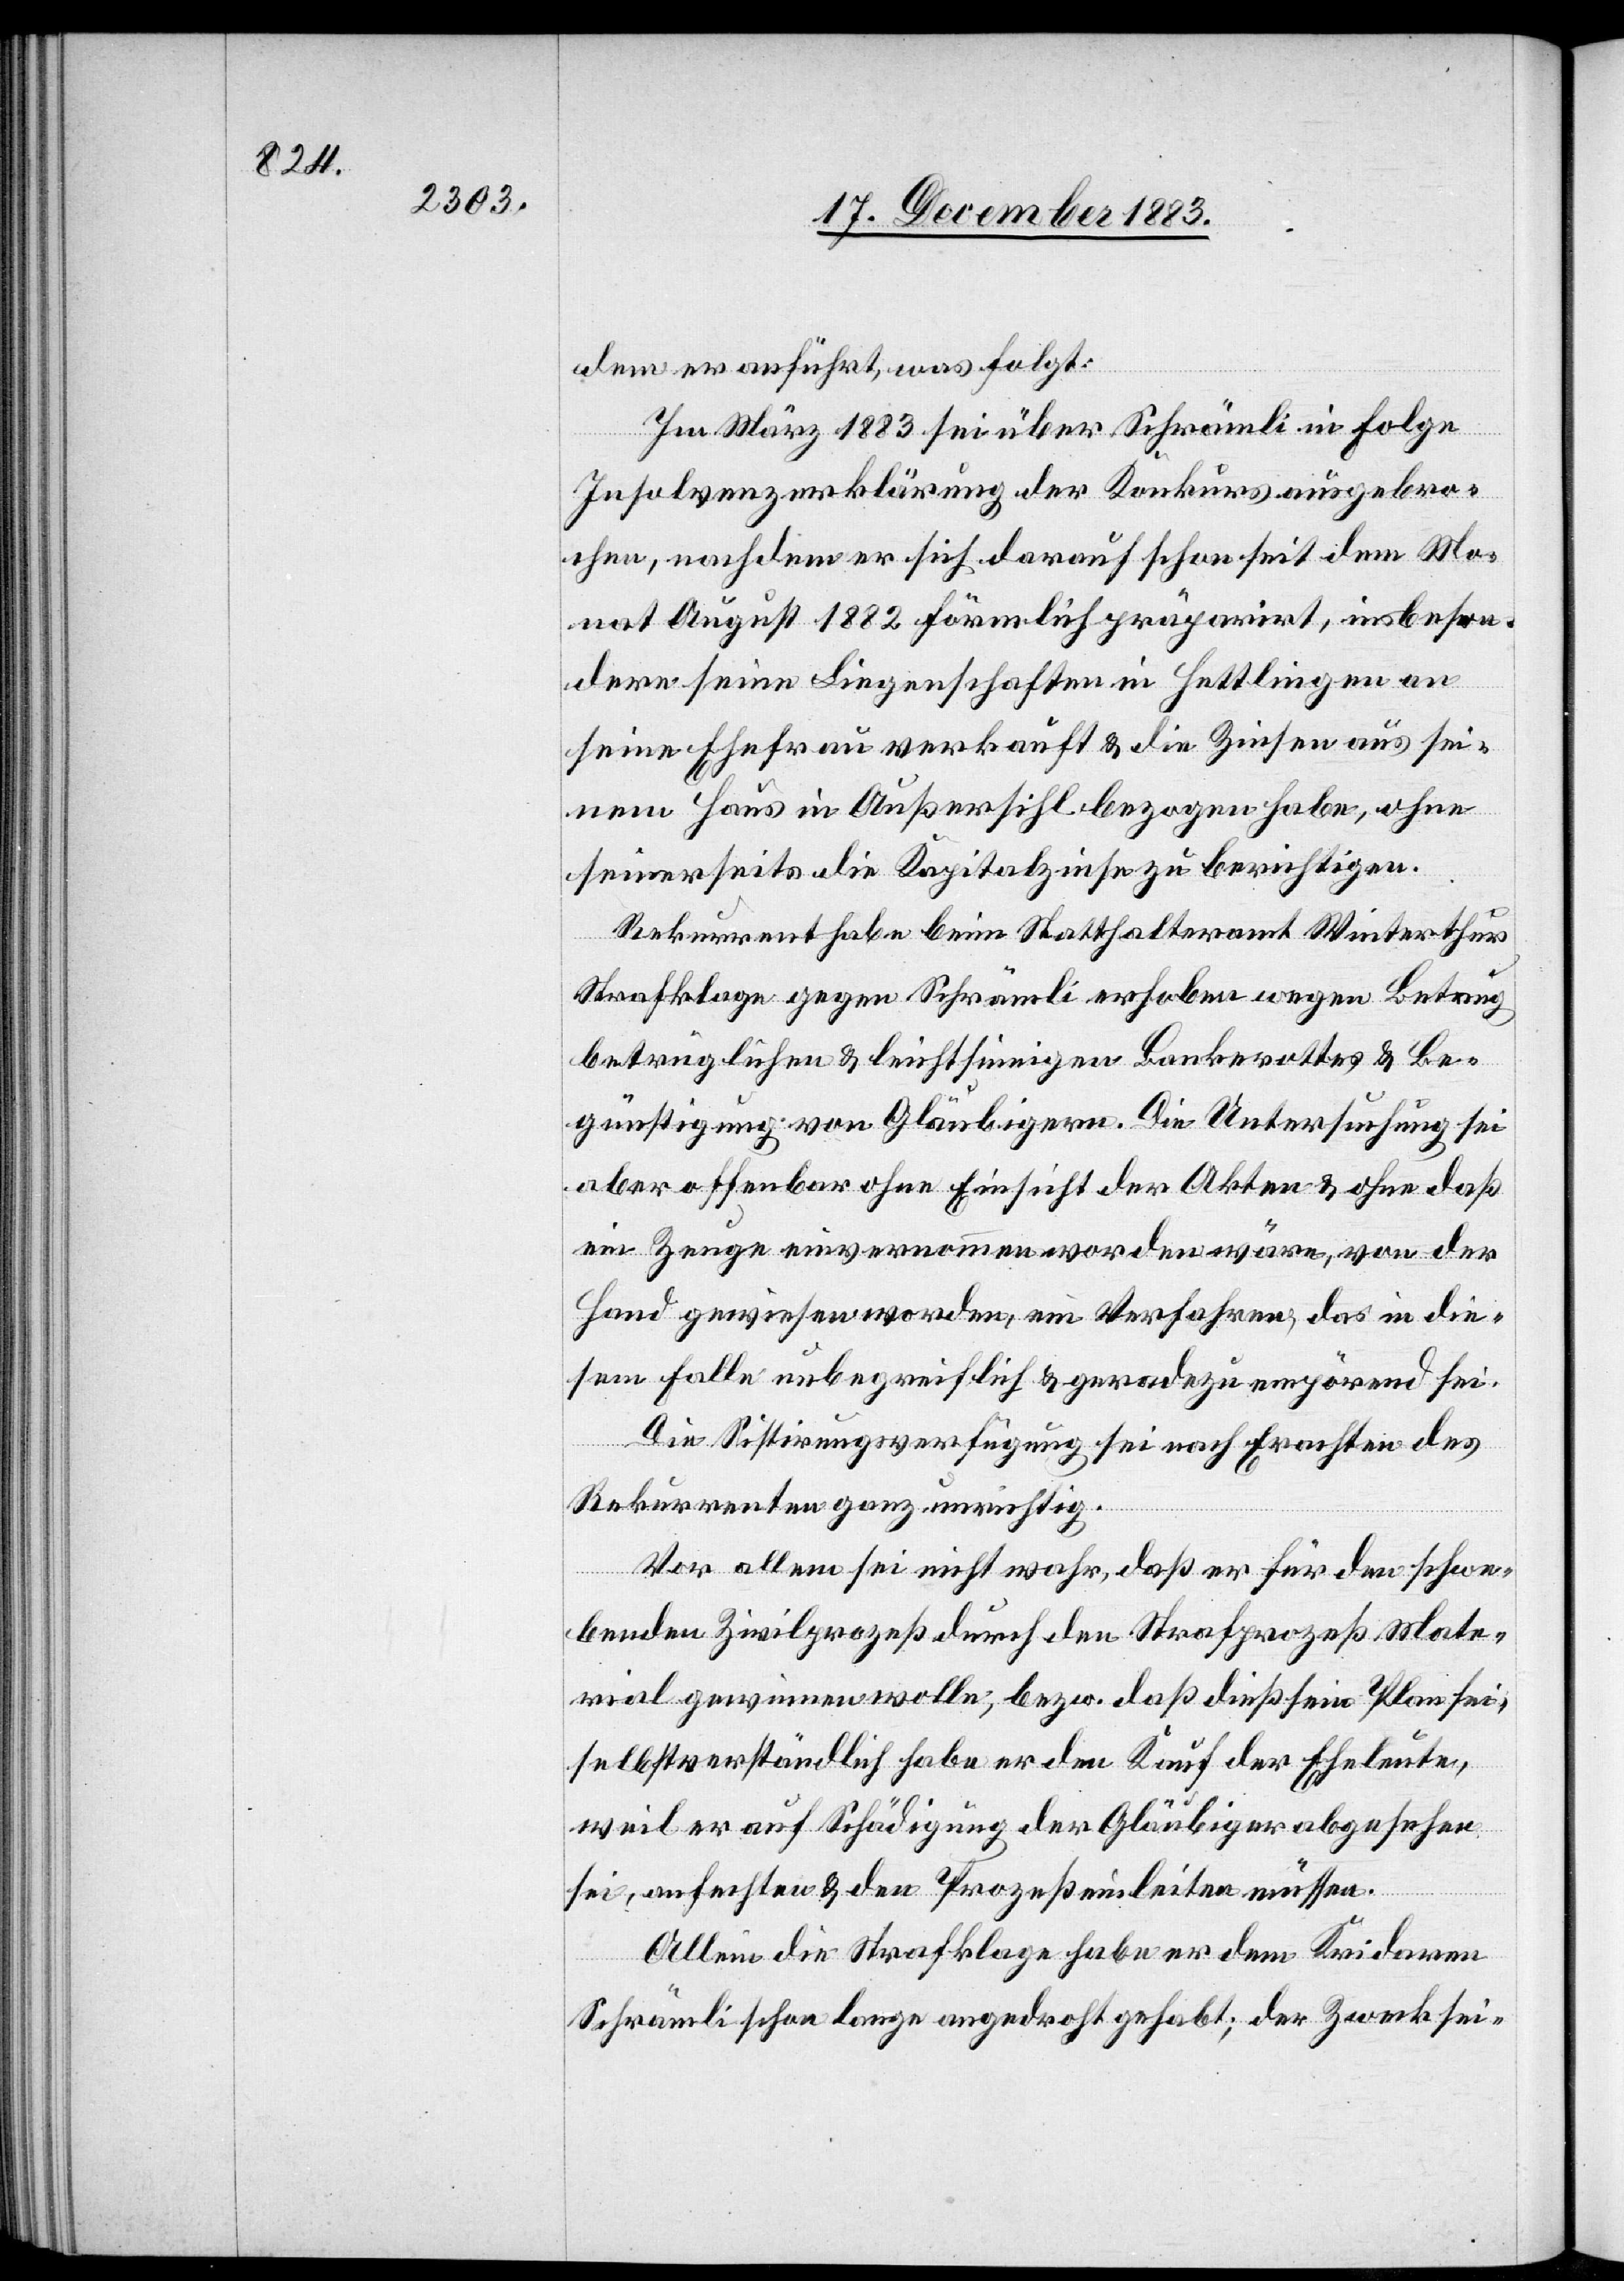
dem er anführt, was folgt:
Im März 1883 sei über Schrämli in Folge
Insolvenzerklärung der Konkurs ausgebro¬
chen, nachdem er sich darauf schon seit dem Mo¬
nat August 1882 förmlich präparirt, insbeson¬
dere seine Liegenschaften in Hettlingen an
seine Ehefrau verkauft & die Zinsen aus sei¬
nem Haus in Außersihl bezogen habe, ohne
seinerseits die Kapitalzinse zu berichtigen.
Rekurrent habe beim Statthalteramt Winterthur,
Strafklage gegen Schrämli erhoben wegen Betrug[,]
betrüglichen & leichtsinnigen Bankerottes & Be¬
günstigung von Gläubigern. Die Untersuchung sei
aber offenbar ohne Einsicht der Akten & ohne daß
ein Zeuge einvernommen worden wäre, von der
Hand gewiesen worden, ein Verfahren, das in die¬
sem Falle unbegreiflich & geradezu empörend sei.
Die Sistirungsverfügung sei nach Erachten des
Rekurrenten ganz unrichtig.
Vor allem sei nicht wahr, daß er für den schwe¬
benden Zivilprozeß durch den Strafprozeß Mate¬
rial gewinnen wolle, bezw. daß dies sein Plan sei,
selbstverständlich habe er den Kauf der Eheleute,
weil er auf Schädigung der Gläubiger abgesehen
sei, anfechten & den Prozeß einleiten müssen.
Allein die Strafklage habe er dem Kridaren
Schrämli schon lange angedroht gehabt; der Zweck sei-